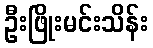
ဦးဖြိုးမင်းသိန်း